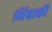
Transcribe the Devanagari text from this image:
निंबार्कौ